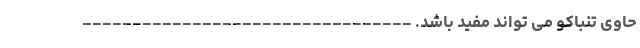
حاوی تنباکو می تواند مفید باشد. ---------------------------------